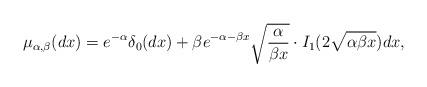
LaTeX: \begin{align*}\mu_{\alpha,\beta}(dx)=e^{-\alpha}\delta_{0}(dx)+\beta e^{-\alpha-\beta x}\sqrt{\frac{\alpha}{\beta x}} \cdot I_1 (2\sqrt{\alpha \beta x})dx,\end{align*}